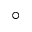
^ \circ